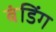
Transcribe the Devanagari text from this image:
बंडिंग